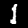
Digit: 1